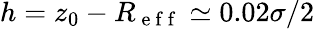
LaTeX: h=z_{0}-R_{\mathrm{~e~f~f~}}\simeq 0.02\sigma/2